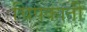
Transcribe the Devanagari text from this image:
चिपकाती